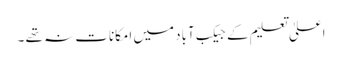
اعلیٰ تعلیم کے جیکب آباد میں امکانات نہ تھے ۔